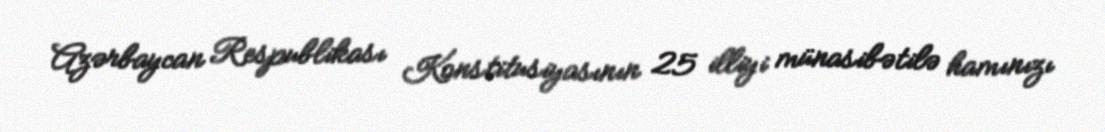
Azərbaycan Respublikası Konstitusiyasının 25 illiyi münasibətilə hamınızı